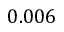
0 . 0 0 6